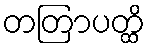
တတြာပတ္ထိ